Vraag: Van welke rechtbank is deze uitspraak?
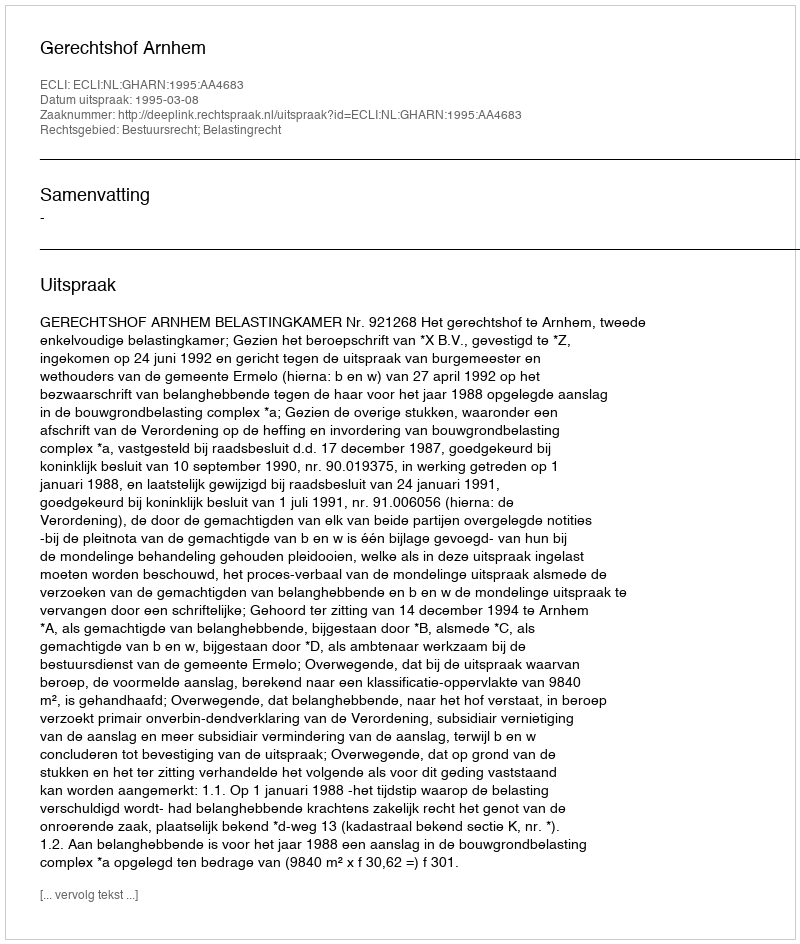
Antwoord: Gerechtshof Arnhem